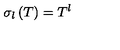
\sigma _ { l } \left( T \right) = T ^ { l }